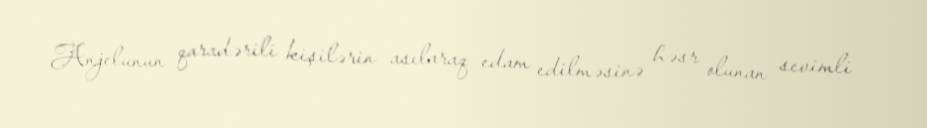
Anjelunun qaradərili kişilərin asılaraq edam edilməsinə həsr olunan sevimli